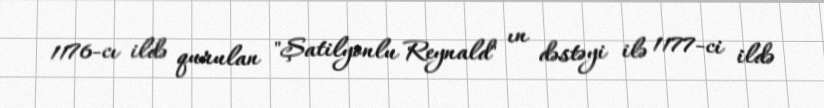
1176-cı ildə qurulan "Şatilyonlu Reynald" ın dəstəyi ilə 1177-ci ildə